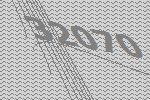
32070